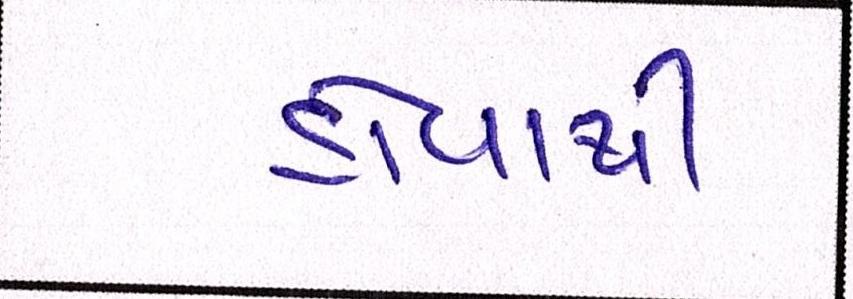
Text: હોવાથી